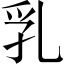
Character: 乳